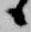
候